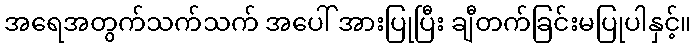
အရေအတွက်သက်သက် အပေါ် အားပြုပြီး ချီတက်ခြင်းမပြုပါနှင့်။